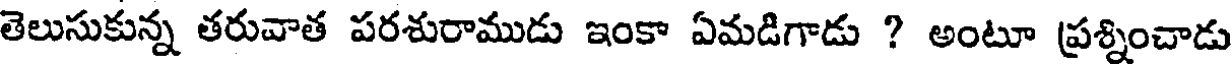
తెలుసుకున్న తరువాత పరశురాముడు ఇంకా ఏమడిగాడు ? అంటూ ప్రశ్నించాడు